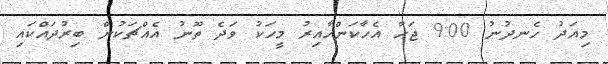
މިއަދު ހެނދުނު 9:00 ޖަހާ އެހާކަންހާއިރު މީހަކު ވަދެ ތޫނު އެއްޗަކުން ބިރުދައްކައި